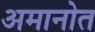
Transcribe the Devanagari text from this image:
अमानोत